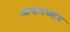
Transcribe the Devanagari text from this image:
आद्यमध्यांत्र